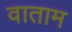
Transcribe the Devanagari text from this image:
वाताम